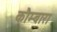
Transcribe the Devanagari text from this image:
कौम्बारा